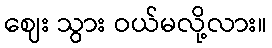
ဈေး သွား ဝယ်မလို့လား။